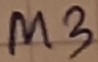
Text: M3